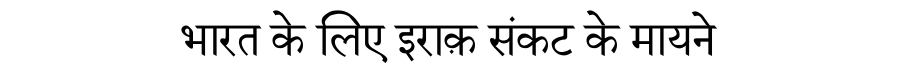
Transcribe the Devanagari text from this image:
भारत के लिए इराक़ संकट के मायने